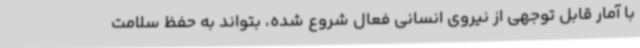
با آمار قابل توجهی از نیروی انسانی فعال شروع شده، بتواند به حفظ سلامت